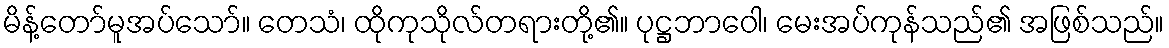
မိန့်တော်မူအပ်သော်။ တေသံ၊ ထိုကုသိုလ်တရားတို့၏။ ပုဋ္ဌဘာဝေါ၊ မေးအပ်ကုန်သည်၏ အဖြစ်သည်။